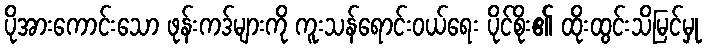
ပိုအားကောင်းသော ဖုန်းကဒ်များကို ကူးသန်ရောင်းဝယ်ရေး ပိုင်စိုး၏ ထိုးထွင်းသိမြင်မှု